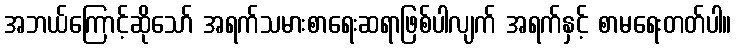
အဘယ်ကြောင့်ဆိုသော် အရက်သမားစာရေးဆရာဖြစ်ပါလျက် အရက်နှင့် စာမရေးတတ်ပါ။